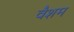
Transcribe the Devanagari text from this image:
वैशम